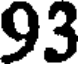
93